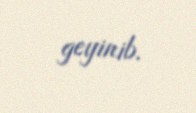
geyinib.